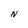
Character: N